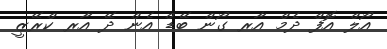
އޯލް އޮފް ދެމް އާރ ގޯން ބޭޑް އެން ދޭ އާރ ކްރޭޒީ